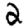
Digit: 2